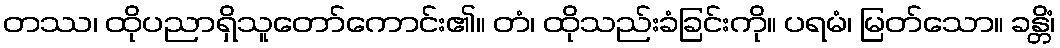
တဿ၊ ထိုပညာရှိသူတော်ကောင်း၏။ တံ၊ ထိုသည်းခံခြင်းကို။ ပရမံ၊ မြတ်သော။ ခန္တိံ၊